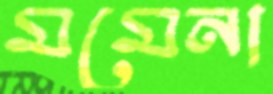
মমেনা